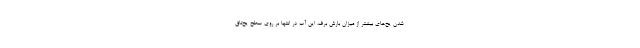
شدن یخ‌های بیشتر از میزان بارش برف، این آب در انتها بر روی سطح یخ‌تاق